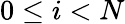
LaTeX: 0\leq i<N